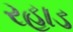
રહાડ